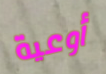
أوعية